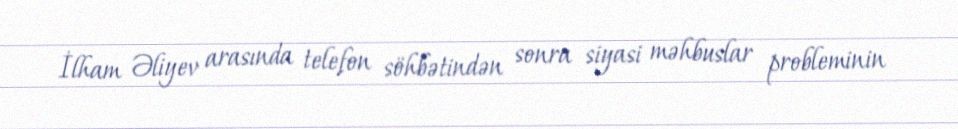
İlham Əliyev arasında telefon söhbətindən sonra siyasi məhbuslar probleminin